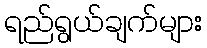
ရည်ရွယ်ချက်များ